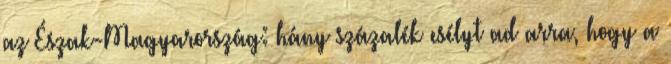
az Észak-Magyarország: hány százalék esélyt ad arra, hogy a